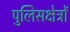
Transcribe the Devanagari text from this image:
पुलिसक्षेत्रों